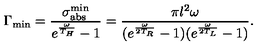
\Gamma _ { \mathrm { m i n } } = { \frac { \sigma _ { \mathrm { a b s } } ^ { \mathrm { m i n } } } { e ^ { \frac { \omega } { T _ { H } } } - 1 } } = { \frac { \pi l ^ { 2 } \omega } { ( e ^ { \frac { \omega } { 2 T _ { R } } } - 1 ) ( e ^ { \frac { \omega } { 2 T _ { L } } } - 1 ) } } .